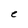
Character: e